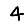
Digit: 4